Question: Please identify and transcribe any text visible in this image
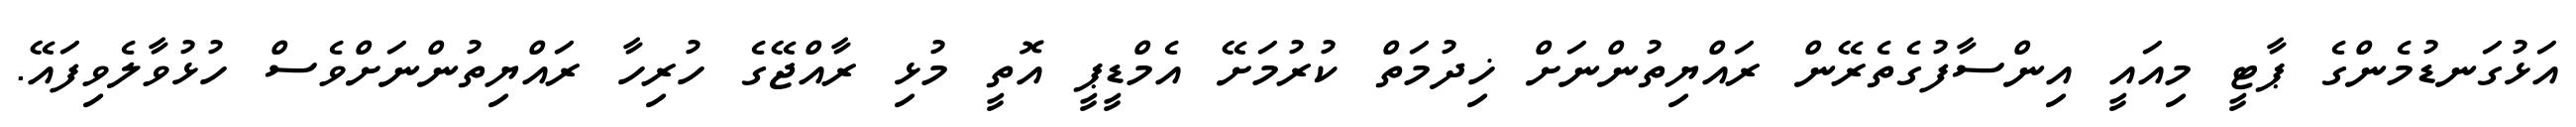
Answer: އަޅުގަނޑުމެންގެ ޕާޓީ މިއައީ އިންސާފުގެތެރޭން ރައްޔިތުންނަށް ޚިދުމަތް ކުރުމަށޭ އެމްޑީޕީ އޮތީ މުޅި ރާއްޖޭގެ ހުރިހާ ރައްޔިތުންނަށްވެސް ހުޅުވާލެވިފައޭ.